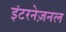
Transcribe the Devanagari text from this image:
इंटरनेज़नल